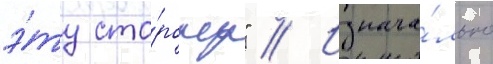
э́ту сто́рону" // Изнача́льно